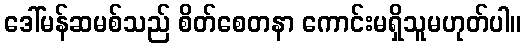
ဒေါ်မန်ဆမစ်သည် စိတ်စေတနာ ကောင်းမရှိသူမဟုတ်ပါ။